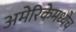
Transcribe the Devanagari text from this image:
अमेरिकेमध्येच